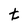
Character: t